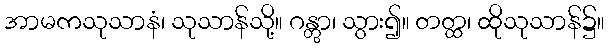
အာမကသုသာနံ၊ သုသာန်သို့။ ဂန္တွာ၊ သွား၍။ တတ္ထ၊ ထိုသုသာန်၌။